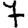
Digit: 7